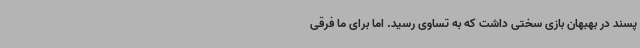
پسند در بهبهان بازی سختی داشت که به تساوی رسید. اما برای ما فرقی